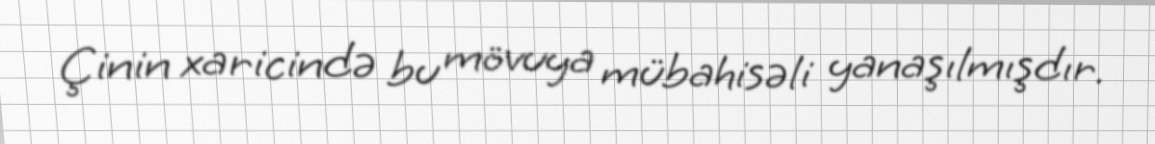
Çinin xaricində bu mövuya mübahisəli yanaşılmışdır.